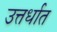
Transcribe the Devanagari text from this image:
उत्तर्धात